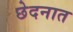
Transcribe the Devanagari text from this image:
छेदनात